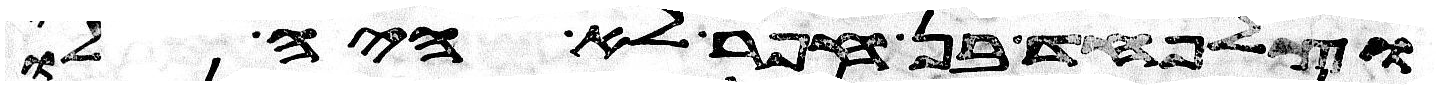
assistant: וצלפחד בן חפר לא היה לו